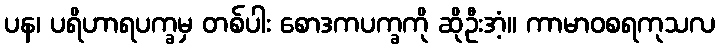
ပန၊ ပရိဟာရပက္ခမှ တစ်ပါး စောဒကပက္ခကို ဆိုဦးအံ့။ ကာမာဝစရကုသလ